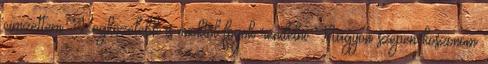
cimzettem. Legközelebb is önöktől fogok rendelni Nagyon szepen koszonom